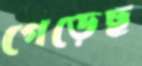
গেড়েছ